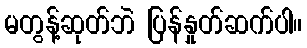
မတွန့်ဆုတ်ဘဲ ပြန်နှုတ်ဆက်ပါ။